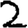
Digit: 2